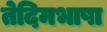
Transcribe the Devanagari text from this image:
तेदिमभाषा